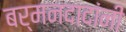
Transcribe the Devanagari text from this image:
बर्मनदादांनी